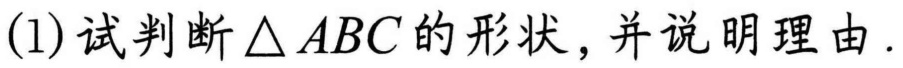
(1)试判断$\triangle ABC$的形状，并说明理由.